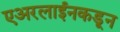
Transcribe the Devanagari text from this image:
एअरलाईनकडून